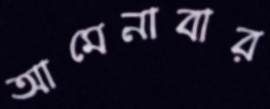
আমেনাবার